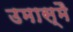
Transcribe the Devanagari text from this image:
उमास्मै